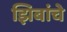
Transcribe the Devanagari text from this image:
झिबांचे